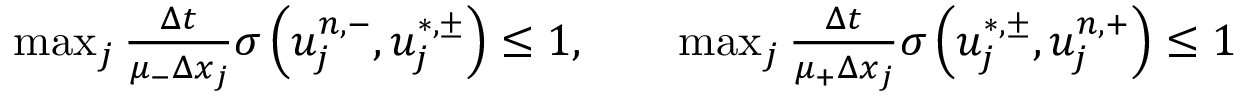
\begin{array} { r } { \operatorname* { m a x } _ { j } \frac { \Delta t } { \mu _ { - } \Delta x _ { j } } \sigma \left( u _ { j } ^ { n , - } , u _ { j } ^ { \ast , \pm } \right) \leq 1 , \qquad \operatorname* { m a x } _ { j } \frac { \Delta t } { \mu _ { + } \Delta x _ { j } } \sigma \left( u _ { j } ^ { \ast , \pm } , u _ { j } ^ { n , + } \right) \leq 1 } \end{array}